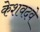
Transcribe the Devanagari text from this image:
केशवदवे